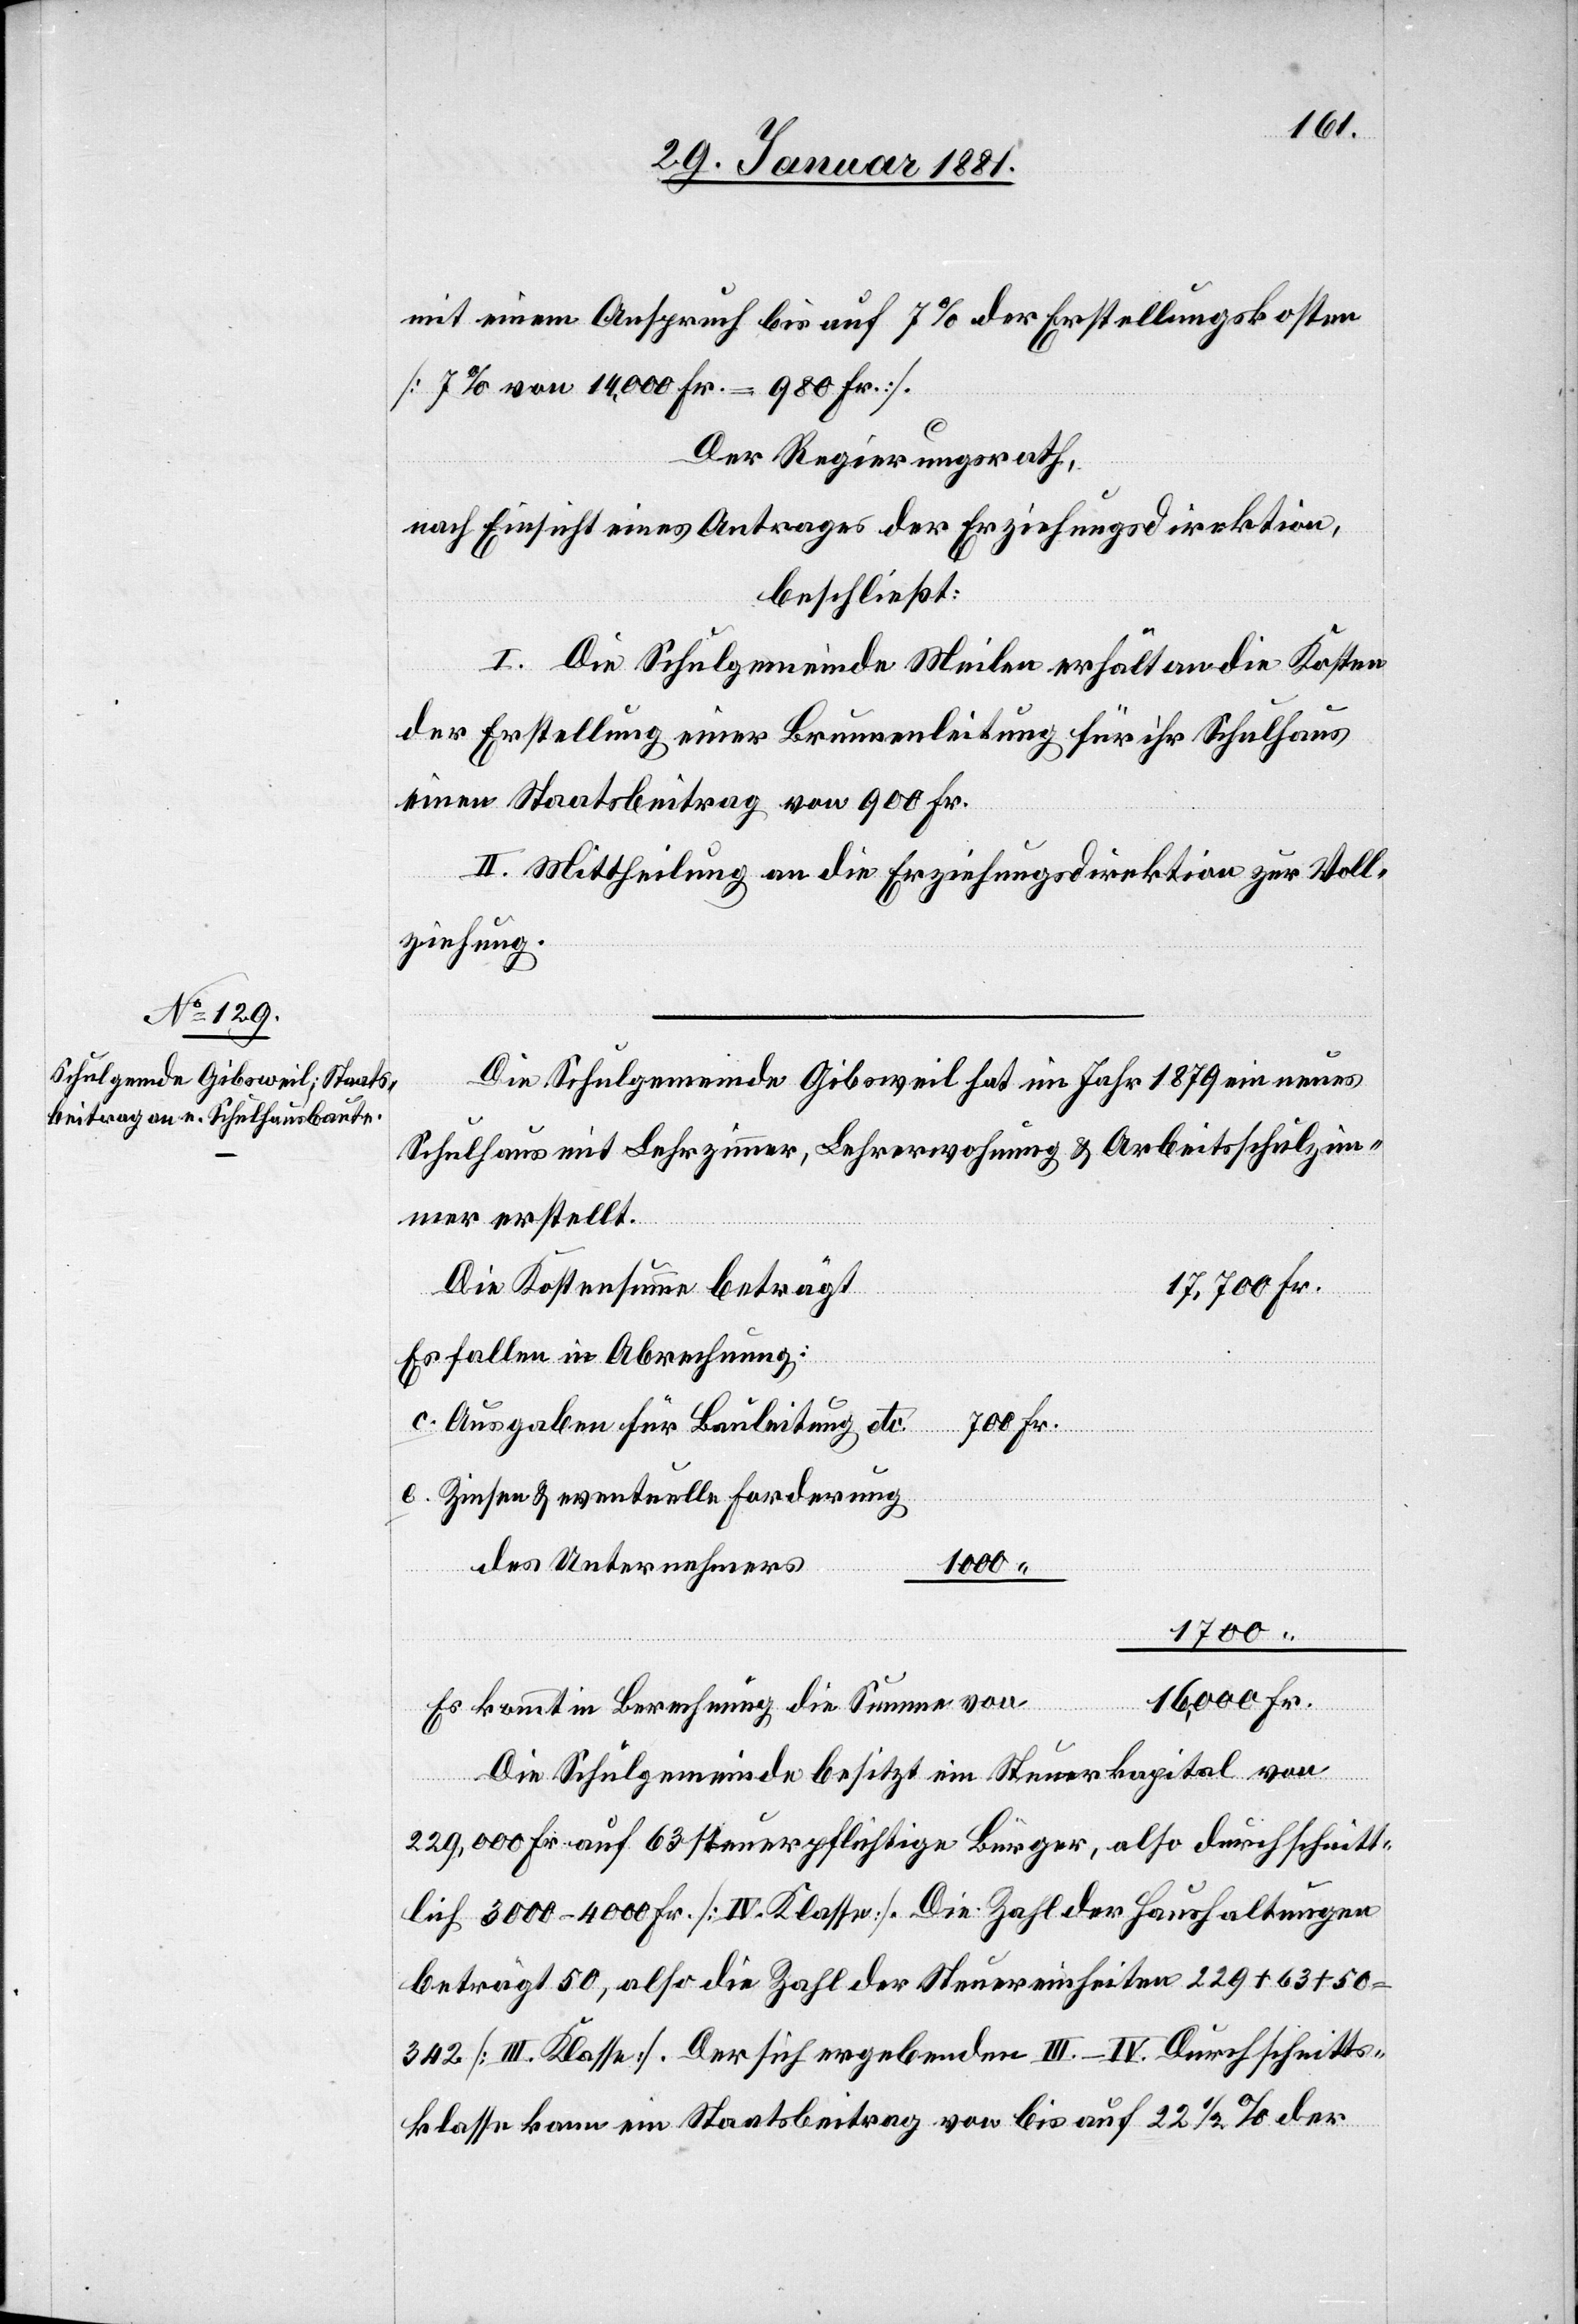
mit einem Anspruch bis auf 7% der Erstellungskosten
[7% von 14,000 Fr. = 980 Fr.].
Der Regierungsrath,
nach Einsicht eines Antrages der Erziehungsdirektion,
beschließt:
I. Die Schulgemeinde Meilen erhält an die Kosten
der Erstellung einer Brunnenleitung für ihr Schulhaus
einen Staatsbeitrag von 900 Fr.
II. Mittheilung an die Erziehungsdirektion zur Voll¬
ziehung.
Die Schulgemeinde Gibsweil hat im Jahr 1879 ein neues
Schulhaus mit Lehrzimmer, Lehrerwohnung & Arbeitsschulzim¬
mer erstellt.
Die Kostensumme beträgt
Es fallen in Abrechnung:
Ausgaben für Bauleitung
Zinsen & eventuelle Forderung
des Unternehmers
16,000
1700
Es kommt in Berechnung die Summe von
Die Schulgemeinde besitzt ein Steuerkapital von
Fr.
229,000 Fr. auf 63 steuerpflichtige Bürger, also durchschnitt¬
lich 3000–4000 Fr. [IV. Klasse]. Die Zahl der Haushaltungen
beträgt 50, also die Zahl der Steuereinheiten 229 + 63 + 50
342 [III. Klasse]. Der sich ergebende III.–IV. Durchschnitts¬
klasse kann ein Staatsbeitrag von bis auf 22 1/2% der